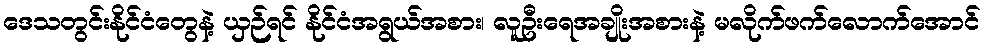
ဒေသတွင်းနိုင်ငံတွေနဲ့ ယှဉ်ရင် နိုင်ငံအရွယ်အစား၊ လူဦးရေအချိုးအစားနဲ့ မလိုက်ဖက်လောက်အောင်